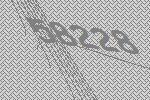
58228